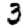
Digit: 3